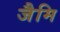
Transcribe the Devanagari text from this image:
जैमि